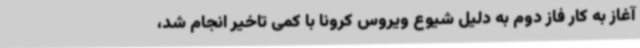
آغاز به کار فاز دوم به دلیل شیوع ویروس کرونا با کمی تاخیر انجام شد،